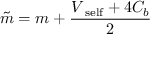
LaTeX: \tilde { m } = m + \frac { V _ { \mathrm { \scriptsize ~ s e l f } } + 4 C _ { b } } { 2 }